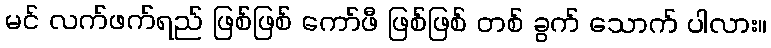
မင် လက်ဖက်ရည် ဖြစ်ဖြစ် ကော်ဖီ ဖြစ်ဖြစ် တစ် ခွက် သောက် ပါလား။